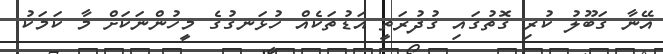
އޭނާ ގަބޫލު ކުރި ގޮތުގައި ގުދުރަތީ އަޑުތަކެއް ހުޅަނގުގެ މީހުންނަކަށް މާ ކަމަކު